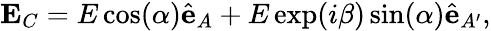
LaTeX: \mathbf{E}_{C}=E\cos(\alpha)\hat{\mathbf{e}}_{A}+E\exp(i\beta)\sin(\alpha)\hat{\mathbf{e}}_{A^{\prime}},